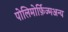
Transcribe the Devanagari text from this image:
पोलिमोर्फ़िज्मअन्य